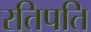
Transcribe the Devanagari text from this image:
रतिपति